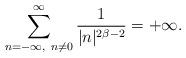
LaTeX: \begin{align*}\sum ^{\infty }_{n=-\infty , \ n\ne 0}\frac{1}{|n|^{2\beta -2}}=+\infty.\end{align*}